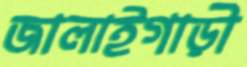
জালাইগাড়ী